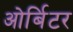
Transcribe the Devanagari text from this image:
ओर्बिटर